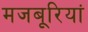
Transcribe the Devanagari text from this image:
मजबूरियां